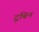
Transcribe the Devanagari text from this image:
टूबिन